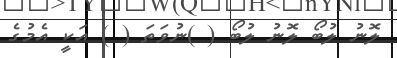
ލޮނު ލުބޯ ލޮނު ލުބޯ ( )ނުވަތަ ( ) އަކީ އެމުގެ